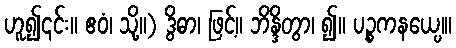
ဟူ၍၎င်း။ ဧဝံ၊ သို့။) ဒွိဓာ၊ ဖြင့်။ ဘိန္ဒိတွာ၊ ၍။ ပဉ္စကနယေ၊္ပ။